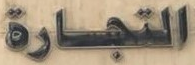
التجارة